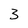
Character: 3